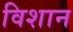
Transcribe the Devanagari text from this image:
विशान